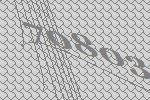
70803